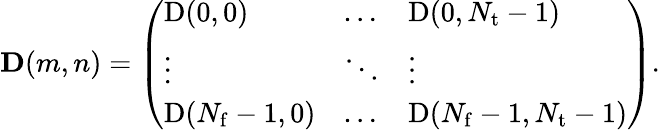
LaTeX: \mathbf{D}(m,n)=\left(\begin{array}{lll}{\mathrm{D}(0,0)}&{\ldots}&{\mathrm{D}(0,N_{\mathrm{t}}-1)}\\ {\vdots}&{\ddots}&{\vdots}\\ {\mathrm{D}(N_{\mathrm{f}}-1,0)}&{\ldots}&{\mathrm{D}(N_{\mathrm{f}}-1,N_{\mathrm{t}}-1)}\end{array}\right).